Indian journal of veterinary science and animal husbandry - Volume 5,
Year: 1935
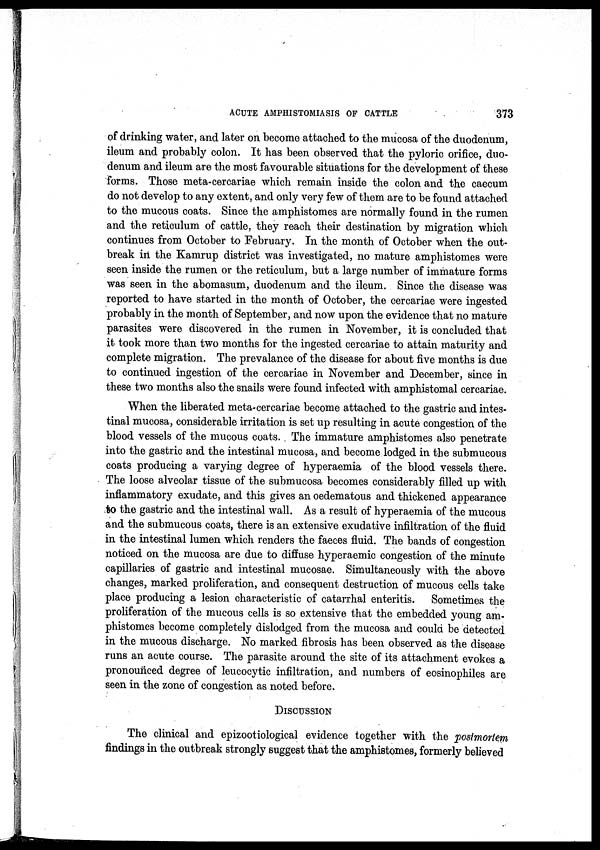
ACUTE AMPHISTOMIASIS OF CATTLE
373
of drinking water, and later on become attached to the mucosa of the duodenum,
ileum and probably colon. It has been observed that the pyloric orifice, duo-
denum and ileum are the most favourable situations for the development of these
forms. Those meta-cercariae which remain inside the colon and the caecum
do not develop to any extent, and only very few of them are to be found attached
to the mucous coats. Since the amphistomes are normally found in the rumen
and the reticulum of cattle, they reach their destination by migration which
continues from October to February. In the month of October when the out-
break in the Kamrup district was investigated, no mature amphistomes were
seen inside the rumen or the reticulum, but a large number of immature forms
was seen in the abomasum, duodenum and the ileum. Since the disease was
reported to have started in the month of October, the cercariae were ingested
probably in the month of September, and now upon the evidence that no mature
parasites were discovered in the rumen in November, it is concluded that
it took more than two months for the ingested cercariae to attain maturity and
complete migration. The prevalance of the disease for about five months is due
to continued ingestion of the cercariae in November and December, since in
these two months also the snails were found infected with amphistomal cercariae.
When the liberated meta-cercariae become attached to the gastric and intes-
tinal mucosa, considerable irritation is set up resulting in acute congestion of the
blood vessels of the mucous coats. The immature amphistomes also penetrate
into the gastric and the intestinal mucosa, and become lodged in the submucous
coats producing a varying degree of hyperaemia of the blood vessels there.
The loose alveolar tissue of the submucosa becomes considerably filled up with
inflammatory exudate, and this gives an oedematous and thickened appearance
to the gastric and the intestinal wall. As a result of hyperaemia of the mucous
and the submucous coats, there is an extensive exudative infiltration of the fluid
in the intestinal lumen which renders the faeces fluid. The bands of congestion
noticed on the mucosa are due to diffuse hyperaemic congestion of the minute
capillaries of gastric and intestinal mucosae. Simultaneously with the above
changes, marked proliferation, and consequent destruction of mucous cells take
place producing a lesion characteristic of catarrhal enteritis. Sometimes the
proliferation of the mucous cells is so extensive that the embedded young am-
phistomes become completely dislodged from the mucosa and could be detected
in the mucous discharge. No marked fibrosis has been observed as the disease
runs an acute course. The parasite around the site of its attachment evokes a
pronounced degree of leucocytic infiltration, and numbers of eosinophiles are
seen in the zone of congestion as noted before.
DISCUSSION
The clinical and epizootiological evidence together with the postmortem
findings in the outbreak strongly suggest that the amphistomes, formerly believed